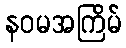
နဝမအကြိမ်